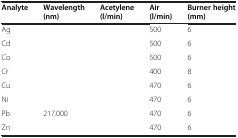
<table><thead><tr><td><b>Analyte</b></td><td><b>Wavelength (nm)</b></td><td><b>Acetylene (l/min)</b></td><td><b>Air (l/min)</b></td><td><b>Burner height (mm)</b></td></tr></thead><tbody><tr><td>Ag</td><td>[EMPTY_CELL]</td><td>[EMPTY_CELL]</td><td>500</td><td>6</td></tr><tr><td>Cd</td><td>[EMPTY_CELL]</td><td>[EMPTY_CELL]</td><td>500</td><td>6</td></tr><tr><td>Co</td><td>[EMPTY_CELL]</td><td>[EMPTY_CELL]</td><td>500</td><td>6</td></tr><tr><td>Cr</td><td>[EMPTY_CELL]</td><td>[EMPTY_CELL]</td><td>400</td><td>8</td></tr><tr><td>Cu</td><td>[EMPTY_CELL]</td><td>[EMPTY_CELL]</td><td>470</td><td>6</td></tr><tr><td>Ni</td><td>[EMPTY_CELL]</td><td>[EMPTY_CELL]</td><td>470</td><td>6</td></tr><tr><td>Pb</td><td>217.000</td><td>[EMPTY_CELL]</td><td>470</td><td>6</td></tr><tr><td>Zn</td><td>[EMPTY_CELL]</td><td>[EMPTY_CELL]</td><td>470</td><td>6</td></tr></tbody></table>